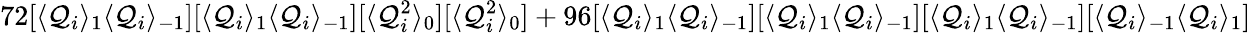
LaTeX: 72[\langle\mathcal{Q}_{i}\rangle_{1}\langle\mathcal{Q}_{i}\rangle_{-1}][\langle\mathcal{Q}_{i}\rangle_{1}\langle\mathcal{Q}_{i}\rangle_{-1}][\langle\mathcal{Q}_{i}^{2}\rangle_{0}][\langle\mathcal{Q}_{i}^{2}\rangle_{0}]+96[\langle\mathcal{Q}_{i}\rangle_{1}\langle\mathcal{Q}_{i}\rangle_{-1}][\langle\mathcal{Q}_{i}\rangle_{1}\langle\mathcal{Q}_{i}\rangle_{-1}][\langle\mathcal{Q}_{i}\rangle_{1}\langle\mathcal{Q}_{i}\rangle_{-1}][\langle\mathcal{Q}_{i}\rangle_{-1}\langle\mathcal{Q}_{i}\rangle_{1}]